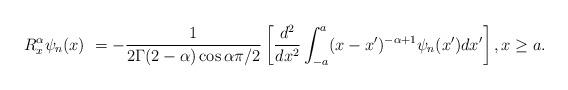
LaTeX: \begin{align*}R_{x}^{\alpha}\psi_{n}(x)\ =-\frac{1}{2\Gamma(2-\alpha)\cos\alpha\pi/2}\left[\frac{d^{2}}{dx^{2}}\int_{-a}^{a}(x-x^{\prime})^{-\alpha+1}\psi_{n}(x^{\prime})dx^{\prime}\right] ,x\geq a.\end{align*}